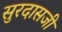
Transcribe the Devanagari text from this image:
सुरदासजी